Treatise on elephants
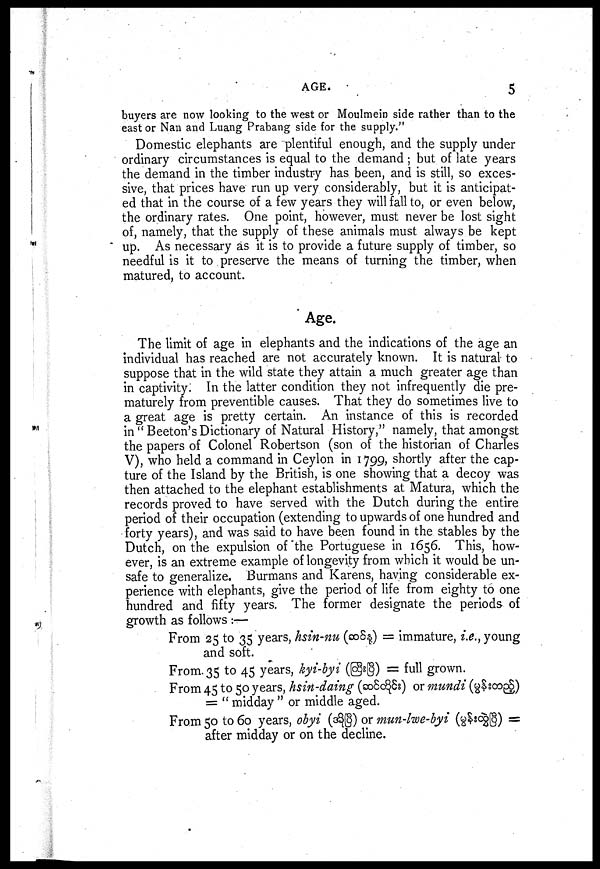
AGE.
5
buyers are now looking to the west or Moulmein side rather than to the
east or Nan and Luang Prabang side for the supply."
Domestic elephants are plentiful enough, and the supply under
ordinary circumstances is equal to the demand ; but of late years
the demand in the timber industry has been, and is still, so exces-
sive, that prices have run up very considerably, but it is anticipat-
ed that in the course of a few years they will fall to, or even below,
the ordinary rates. One point, however, must never be lost sight
of, namely, that the supply of these animals must always be kept
up. As necessary as it is to provide a future supply of timber, so
needful is it to preserve the means of turning the timber, when
matured, to account.
Age.
The limit of age in elephants and the indications of the age an
individual has reached are not accurately known. It is natural to
suppose that in the wild state they attain a much greater age than
in captivity. In the latter condition they not infrequently die pre-
maturely from preventible causes. That they do sometimes live to
a great age is pretty certain. An instance of this is recorded
in "Beeton's Dictionary of Natural History," namely, that amongst
the papers of Colonel Robertson (son of the historian of Charles
V), who held a command in Ceylon in 1799, shortly after the cap-
ture of the Island by the British, is one showing that a decoy was
then attached to the elephant establishments at Matura, which the
records proved to have served with the Dutch during the entire
period of their occupation (extending to upwards of one hundred and
forty years), and was said to have been found in the stables by the
Dutch, on the expulsion of the Portuguese in 1656. This, how-
ever, is an extreme example of longevity from which it would be un-
safe to generalize. Burmans and Karens, having considerable ex-
perience with elephants, give the period of life from eighty to one
hundred and fifty years. The former designate the periods of
growth as follows :—
From 25 to 35 years, hsin-nu (
) = immature, i.e., young
and soft.
From. 35 to 45 years, kyi-byi (
) = full grown.
From 45 to 50 years, hsin-daing (
) or mundi (
)
= " midday " or middle aged.
From 50 to 60 years, obyi ( ) or mun-lwe-byi
(
) =
after midday or on the decline.